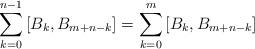
LaTeX: \begin{align*}\sum_{k=0}^{n-1} \left[B_k,B_{m+n-k}\right] = \sum_{k=0}^{m} \left[B_k,B_{m+n-k}\right]\end{align*}